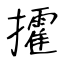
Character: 攉